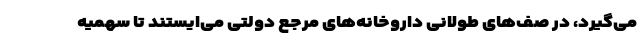
می‌گیرد، در صف‌های طولانی داروخانه‌های مرجع دولتی می‌ایستند تا سهمیه‌